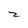
Character: z